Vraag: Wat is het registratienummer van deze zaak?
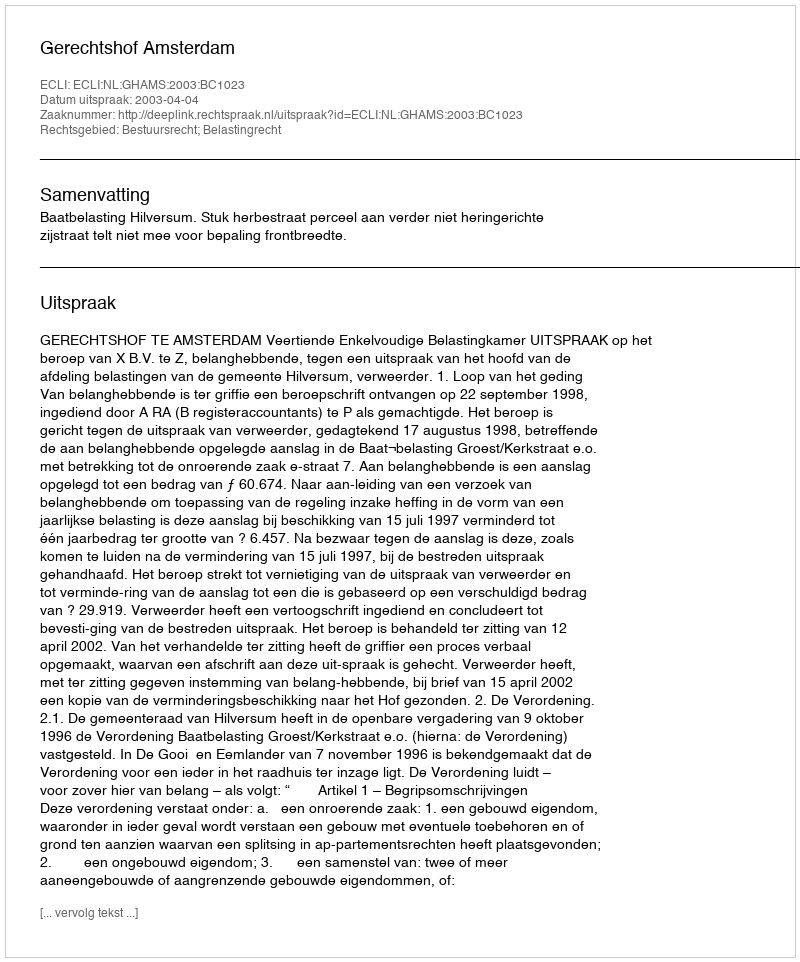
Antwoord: http://deeplink.rechtspraak.nl/uitspraak?id=ECLI:NL:GHAMS:2003:BC1023